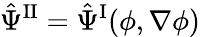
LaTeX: \hat{\Psi}^{\mathrm{II}}=\hat{\Psi}^{\mathrm{I}}(\phi,\nabla\phi)